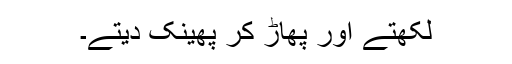
لکھتے اور پھاڑ کر پھینک دیتے۔